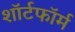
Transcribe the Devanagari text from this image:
शॉर्टफॉर्म